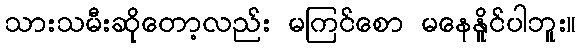
သားသမီးဆိုတော့လည်း မကြင်စော မနေနိူင်ပါဘူး။